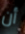
أن